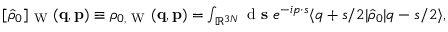
\begin{array} { r } { [ \hat { \rho } _ { 0 } ] _ { \mathrm { ~ W ~ } } ( \ensuremath { \mathbf { q } } , \ensuremath { \mathbf { p } } ) \equiv \rho _ { 0 , \mathrm { ~ W ~ } } ( \ensuremath { \mathbf { q } } , \ensuremath { \mathbf { p } } ) = \int _ { \mathbb { R } ^ { 3 N } } \ensuremath { \mathrm { ~ d ~ } } \ensuremath { \mathbf { s } } \; e ^ { - i \b { p } \cdot \b { s } } \ensuremath { \langle \b { q } + \b { s } / 2 \vert } \hat { \rho } _ { 0 } \ensuremath { \vert \b { q } - \b { s } / 2 \rangle } , \; \; } \end{array}